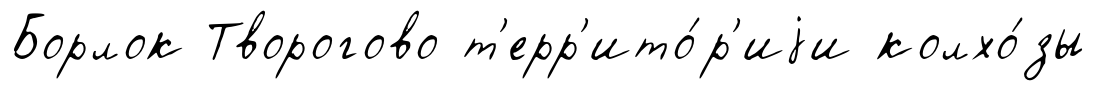
Борлок Творогово т'ерр'ито́р'иjи колхо́зы